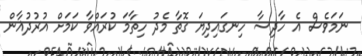
ނަމަވެސް އެ ހާދިސާ ހިނގައިދިޔަ ގޮތާ މެދު ހިތާމަ ކުރައްވާ ކަމަށް އުރުދުޣާން